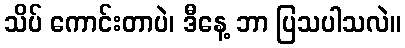
သိပ် ကောင်းတာပဲ၊ ဒီနေ့ ဘာ ပြသပါသလဲ။